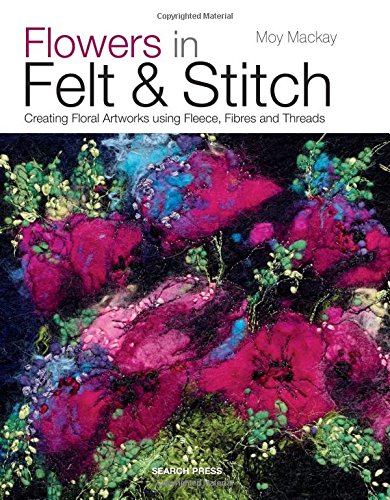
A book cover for Flowers in Felt & Stitch: Creating Beautiful Flowers Using Fleece, Fibres and Threads; Moy MacKay; Crafts, Hobbies & Home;